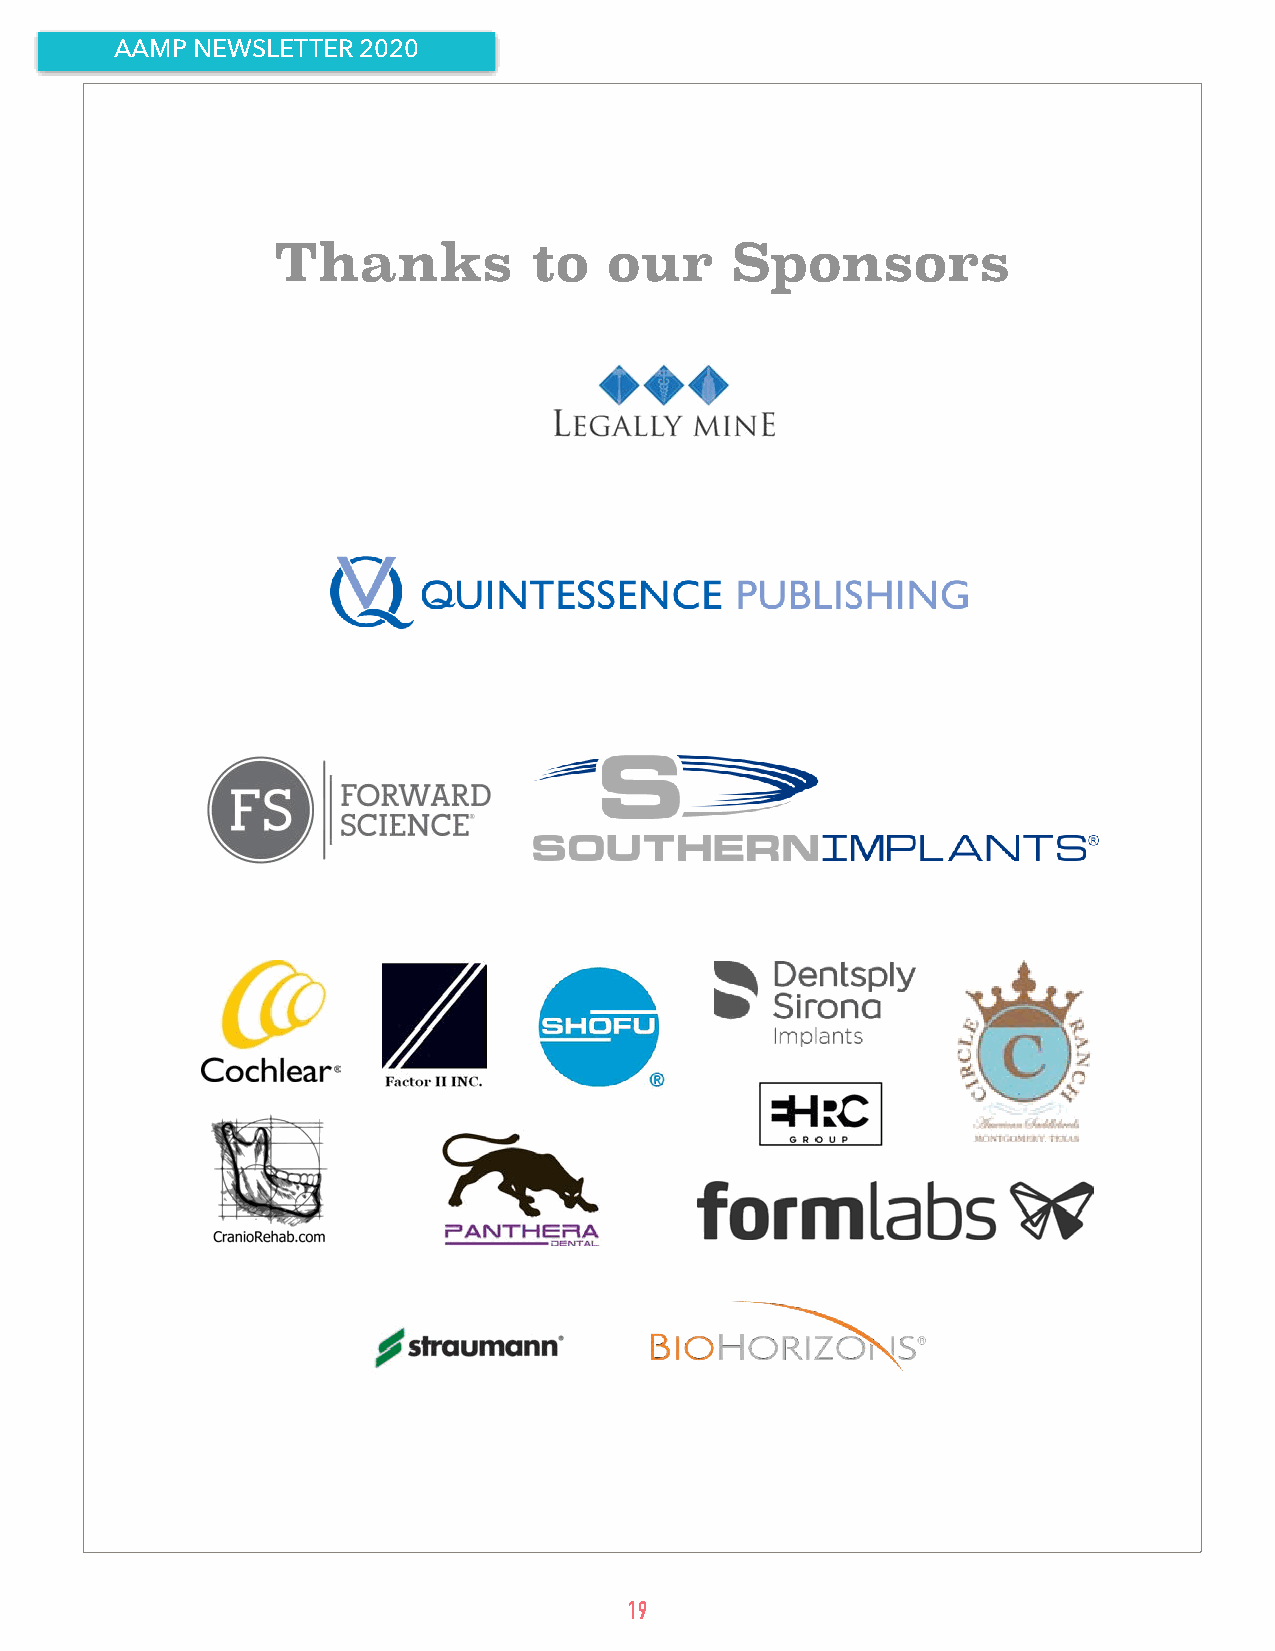
AAMP NEWSLETTER 2020
 Thanks           to   our     Sponsors
 19